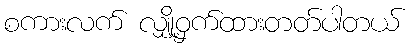
စကားလက် လျှို့ဝှက်ထားတတ်ပါတယ်